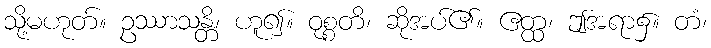
သို့မဟုတ်။ ဥဿာသန္တိ၊ ဟူ၍။ ဝုစ္စတိ၊ ဆိုအပ်၏။ ဧတ္ထ၊ ဤအရာ၌။ တံ၊